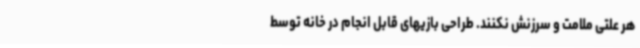
هر علتی ملامت و سرزنش نکنند. طراحی بازیهای قابل انجام در خانه توسط